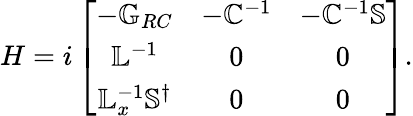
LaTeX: H=i\left[\begin{array}{ccc}{-\mathbb{G}_{RC}}&{-\mathbb{C}^{-1}}&{-\mathbb{C}^{-1}\mathbb{S}}\\ {\mathbb{L}^{-1}}&{0}&{0}\\ {\mathbb{L}_{x}^{-1}\mathbb{S}^{\dagger}}&{0}&{0}\end{array}\right].